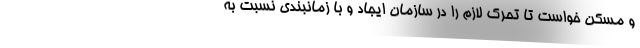
و مسکن خواست تا تحرک لازم را در سازمان ایجاد و با زمانبندی نسبت به